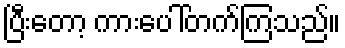
ပြီးတော့ ကားပေါ်တက်ကြသည်။